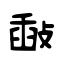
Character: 敮